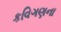
કવિગણના